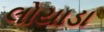
લોયાડા